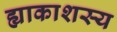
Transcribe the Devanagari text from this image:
ह्याकाशस्य